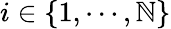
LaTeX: i\in\{ 1,\cdots,\mathbb{N}\}